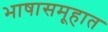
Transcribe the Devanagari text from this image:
भाषासमूहात